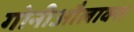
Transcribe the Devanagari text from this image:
गोनीऔलाक्स